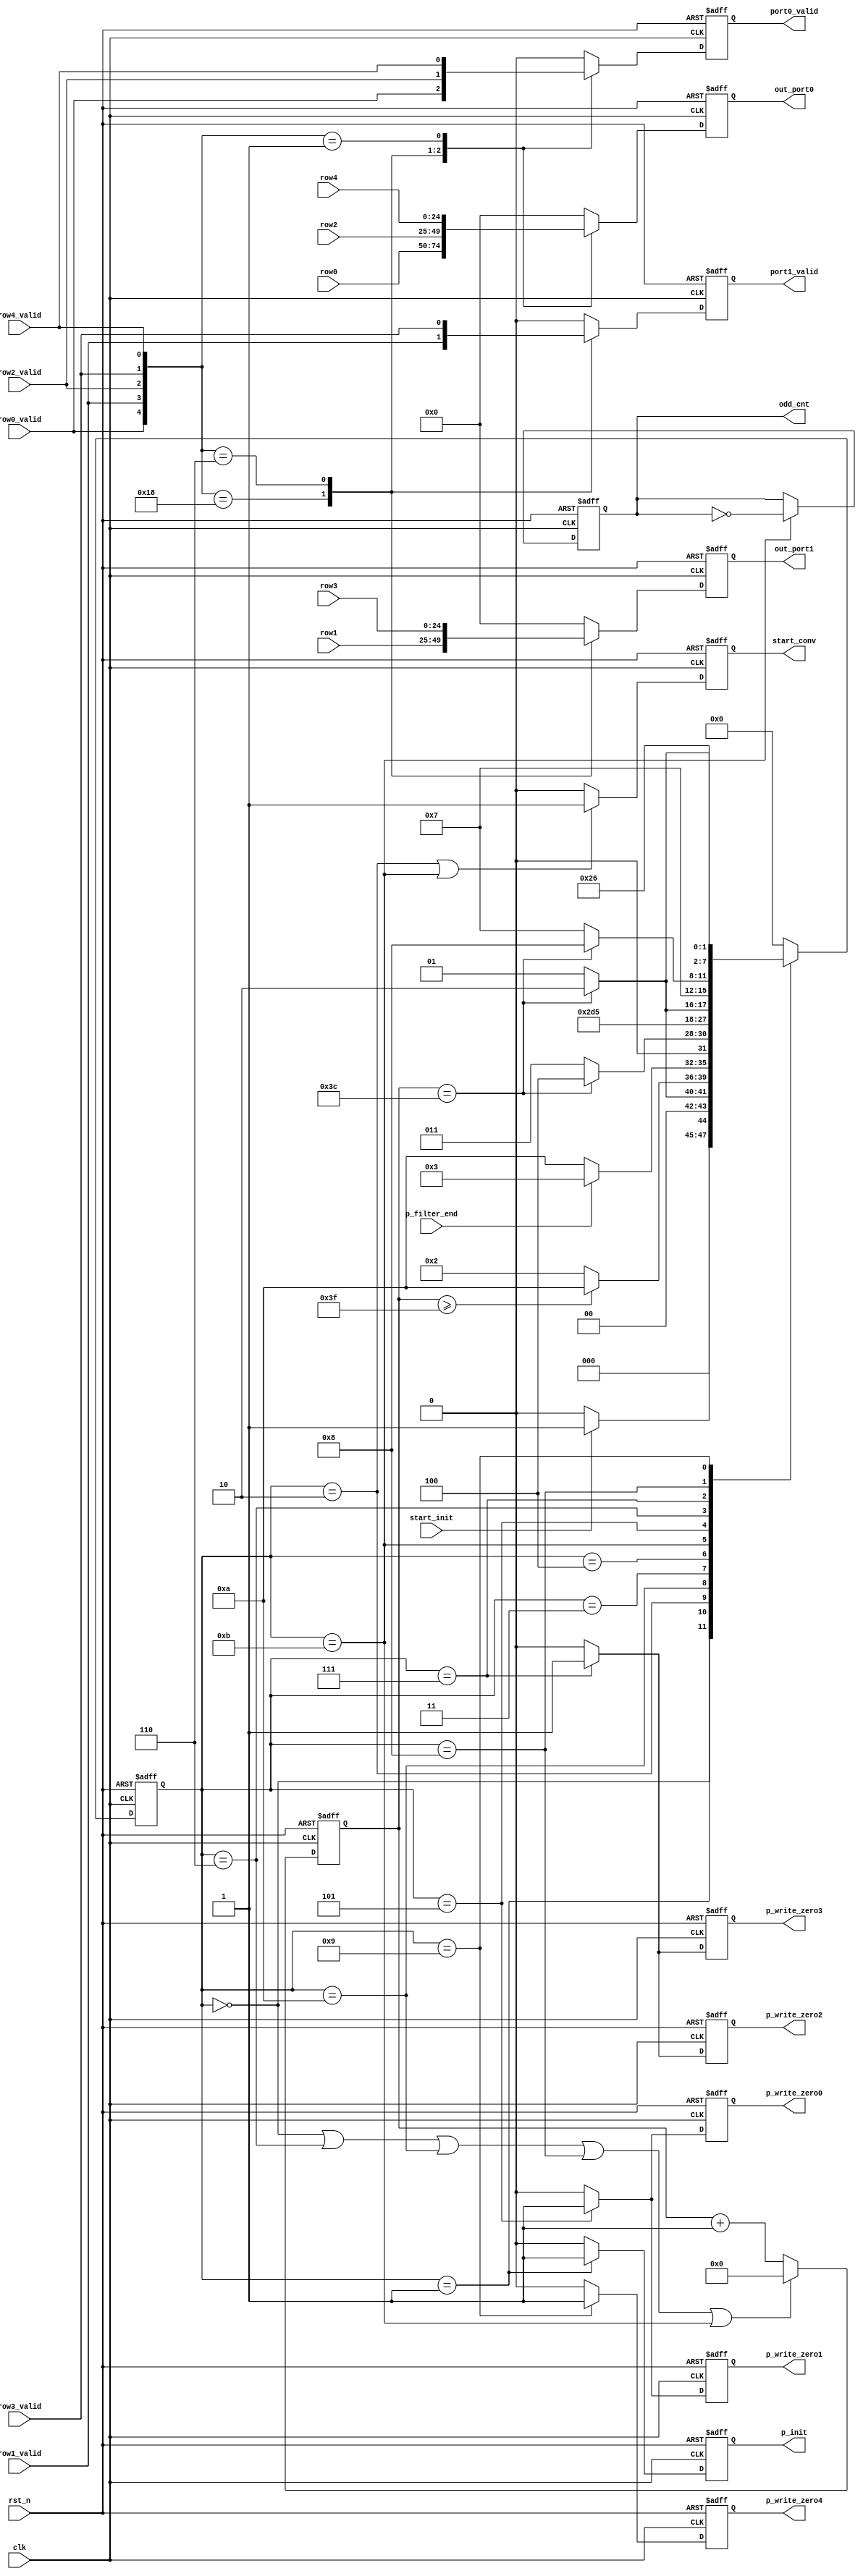
///==------------------------------------------------------------------==///
/// Conv kernel: writeback controller
///==------------------------------------------------------------------==///
module WRITE_BACK #(
    parameter data_width = 25,
    parameter depth = 61
) (
    input  clk,
    input  rst_n,
    input  start_init,
    input  p_filter_end,
    input  [data_width-1:0] row0,
    input  row0_valid,
    input  [data_width-1:0] row1,
    input  row1_valid,
    input  [data_width-1:0] row2,
    input  row2_valid,
    input  [data_width-1:0] row3,
    input  row3_valid,
    input  [data_width-1:0] row4,
    input  row4_valid,
    output p_write_zero0,
    output p_write_zero1,
    output p_write_zero2,
    output p_write_zero3,
    output p_write_zero4,
    output p_init,
    output [data_width-1:0] out_port0,
    output [data_width-1:0] out_port1,
    output port0_valid,
    output port1_valid,
    output start_conv,
    output odd_cnt
);
    /// machine state encode
    localparam IDLE         = 4'd0;
    localparam INIT_BUFF    = 4'd1;
    localparam START_CONV   = 4'd2;
    localparam WAIT_ADD     = 4'd3;
    localparam WAIT_WRITE0    = 4'd4;
    localparam ROW_0_1      = 4'd5;
    localparam CLEAR_0_1    = 4'd6;
    localparam ROW_2_3      = 4'd7;
    localparam CLEAR_2_3    = 4'd8;
    localparam ROW_5        = 4'd9;
    localparam CLEAR_START_CONV = 4'd10;
    localparam CLEAR_CNT    = 4'd11;

    // localparam DONE         = 4'b1001;
    /// machine state
    reg [3:0] st_next;
    reg [3:0] st_cur;
    reg [7:0] cnt;
    /// State transfer
    always @(posedge clk or negedge rst_n) begin
        if (!rst_n)
            st_cur <= IDLE;
        else 
            st_cur <= st_next;
    end
    /// Next state logic
    always @(*) begin
        st_next = st_cur;
        case(st_cur)
            IDLE:
                if (start_init)
                    st_next = INIT_BUFF;
                else
                    st_next = IDLE;
            INIT_BUFF:
                if (cnt == depth-1)
                    st_next = START_CONV;
                else
                    st_next = INIT_BUFF;
            START_CONV:
                if (cnt >= depth+2)
                    st_next = CLEAR_START_CONV;
                else 
                    st_next = START_CONV;
            CLEAR_START_CONV:
                if (p_filter_end)
                    st_next = WAIT_ADD;
                else
                    st_next = CLEAR_START_CONV;
            WAIT_ADD:
                if (cnt == depth-1)
                    st_next = WAIT_WRITE0;
                else
                    st_next = WAIT_ADD;
            WAIT_WRITE0:
                st_next = CLEAR_CNT;
            CLEAR_CNT:
                st_next = ROW_0_1;
            ROW_0_1:
                if (cnt == depth-1)
                    st_next = CLEAR_0_1;
                else
                    st_next = ROW_0_1;
            CLEAR_0_1:
                st_next = ROW_2_3;
            ROW_2_3:
                if (cnt == depth-1)
                    st_next = CLEAR_2_3;
                else
                    st_next = ROW_2_3;
            CLEAR_2_3:
                st_next = ROW_5;
            ROW_5:
                if (cnt == depth-1)
                    st_next = CLEAR_START_CONV;
                else
                    st_next = ROW_5;
            // DONE:
            //     st_next = START_CONV;
            default:
                st_next = IDLE;  
        endcase
    end
    /// Output logic
    reg p_write_zero0_r;
    reg p_write_zero1_r;
    reg p_write_zero2_r;
    reg p_write_zero3_r;
    reg p_write_zero4_r;
    reg p_init_r;
    reg [data_width-1:0] out_port0_r;
    reg [data_width-1:0] out_port1_r;
    reg port0_valid_r;
    reg port1_valid_r;
    reg start_conv_r;
    /// Output start conv signal
    always @(posedge clk or negedge rst_n) begin
        if (!rst_n)
            start_conv_r <= 0;
        else if (st_cur == START_CONV || st_cur == CLEAR_CNT)
            start_conv_r <= 1;
        else
            start_conv_r <= 0;
    end
    assign start_conv = start_conv_r;
    /// PingPong buffer controller signal
    reg odd_cnt_r;
    always @(posedge clk or negedge rst_n) begin
        if (!rst_n)
            odd_cnt_r <= 0;
        else if (st_cur == CLEAR_CNT)
            odd_cnt_r <= ~odd_cnt;
        else
            odd_cnt_r <= odd_cnt;
    end
    assign odd_cnt = odd_cnt_r;
    /// Output zero flag signals
    always @(posedge clk or negedge rst_n) begin
        if (!rst_n) begin
            p_write_zero0_r <= 0;
            p_write_zero1_r <= 0;
        end else if (st_cur == ROW_0_1) begin
            p_write_zero0_r <= 1;  
            p_write_zero1_r <= 1;
        end else begin
            p_write_zero0_r <= 0;
            p_write_zero1_r <= 0;
        end
    end
    always @(posedge clk or negedge rst_n) begin
        if (!rst_n) begin
            p_write_zero2_r <= 0;
            p_write_zero3_r <= 0;
        end else if (st_cur == ROW_2_3) begin
            p_write_zero2_r <= 1;  
            p_write_zero3_r <= 1;
        end else begin
            p_write_zero2_r <= 0;
            p_write_zero3_r <= 0;
        end
    end
    always @(posedge clk or negedge rst_n) begin
        if (!rst_n) begin
            p_write_zero4_r <= 0;
        end else if (st_cur == ROW_5) begin
            p_write_zero4_r <= 1;  
        end else begin
            p_write_zero4_r <= 0;
        end
    end
    assign p_write_zero0 = p_write_zero0_r;
    assign p_write_zero1 = p_write_zero1_r;
    assign p_write_zero2 = p_write_zero2_r;
    assign p_write_zero3 = p_write_zero3_r;
    assign p_write_zero4 = p_write_zero4_r;   
    /// Init buffer signal, why this signal? since, at the beginning, the buffer is empty, we only need to
    /// push zero to buffer without read from it, this behaviour is difference from p_write_zerox signals
    always @(posedge clk or negedge rst_n) begin
        if (!rst_n)
            p_init_r <= 0;
        else if (st_cur == INIT_BUFF)
            p_init_r <= 1;
        else
            p_init_r <= 0;
    end
    assign p_init = p_init_r;
    /// Update the cnt
    always @(posedge clk or negedge rst_n) begin
        if (!rst_n)
            cnt <= 0;
        else if (st_cur == IDLE || st_cur == CLEAR_0_1  || st_cur == CLEAR_START_CONV
            || st_cur == CLEAR_2_3 || st_cur == CLEAR_CNT)
            cnt <= 0;
        else 
            cnt <= cnt + 1;
    end
    /// Final result, a big mux
    always @(posedge clk or negedge rst_n) begin
        if (!rst_n) begin
            out_port0_r <= 0;
            out_port1_r <= 0;
            port0_valid_r <= 0;
            port1_valid_r <= 0;
        end else begin
            case({row0_valid, row1_valid, row2_valid, row3_valid, row4_valid})
                5'b11000 : begin
                    out_port0_r <= row0;
                    out_port1_r <= row1;
                    port0_valid_r <= row0_valid;
                    port1_valid_r <= row1_valid;
                end
                5'b00110 : begin
                    out_port0_r <= row2;
                    out_port1_r <= row3;
                    port0_valid_r <= row2_valid;
                    port1_valid_r <= row3_valid;
                end
                5'b00001 : begin
                    out_port0_r <= row4;
                    out_port1_r <= 0;
                    port0_valid_r <= row4_valid;
                    port1_valid_r <= 0;
                end
                default : begin
                    out_port0_r <= 0;
                    out_port1_r <= 0;
                    port0_valid_r <= 0;
                    port1_valid_r <= 0;
                end    
            endcase
        end
    end
    assign out_port0 = out_port0_r;
    assign out_port1 = out_port1_r;
    assign port0_valid = port0_valid_r;
    assign port1_valid = port1_valid_r;
endmodule